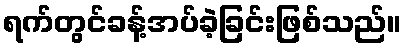
ရက်တွင်ခန့်အပ်ခဲ့ခြင်းဖြစ်သည်။